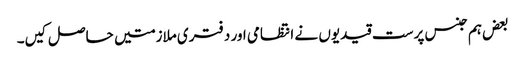
بعض ہم جنس پرست قیدیوں نے انتظامی اور دفتری ملازمتیں حاصل کیں۔